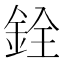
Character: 銓